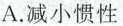
A.减小惯性